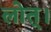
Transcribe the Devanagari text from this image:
लोत्।